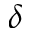
\delta